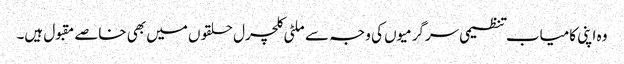
وہ اپنی کامیاب تنظیمی سرگرمیوں کی وجہ سے ملٹی کلچرل حلقوں میں بھی خاصے مقبول ہیں۔